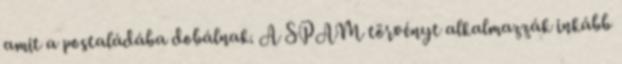
amit a postaládába dobálnak. A SPAM törvényt alkalmazzák inkább